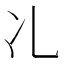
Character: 𠖬